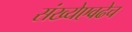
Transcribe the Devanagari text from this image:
संख्येएवढेच